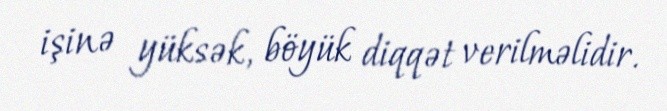
işinə yüksək, böyük diqqət verilməlidir.